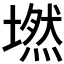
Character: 𡑋